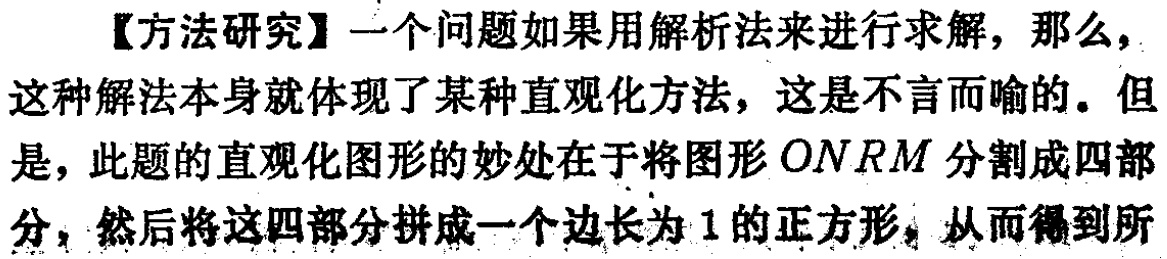
【方法研究】一个问题如果用解析法来进行求解，那么，这种解法本身就体现了某种直观化方法，这是不言而喻的。但是，此题的直观化图形的妙处在于将图形\(ONRM\)分割成四部分，然后将这四部分拼成一个边长为\(1\)的正方形，从而得到所